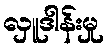
လှူဒါန်းမှု